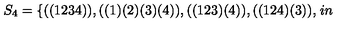
S _ { 4 } = \{ ( ( 1 2 3 4 ) ) , ( ( 1 ) ( 2 ) ( 3 ) ( 4 ) ) , ( ( 1 2 3 ) ( 4 ) ) , ( ( 1 2 4 ) ( 3 ) ) , \hspace { 1 i n }